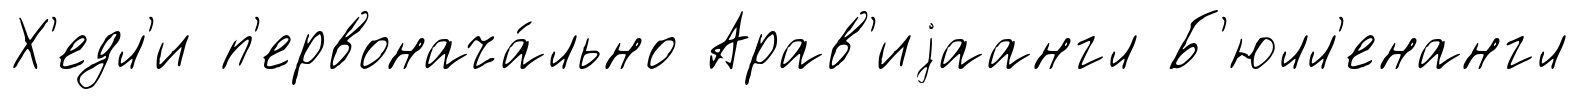
Х'едл'и п'ервонача́льно Арав'иjаангл Б'юлл'енангл